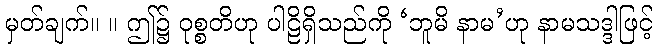
မှတ်ချက်။ ။ ဤ၌ ဝုစ္စတိဟု ပါဠိရှိသည်ကို ‘ဘူမိ နာမ’ဟု နာမသဒ္ဒါဖြင့်